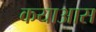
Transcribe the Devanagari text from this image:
कयाआस